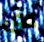
دق